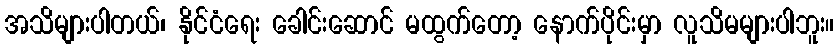
အသိများပါတယ်၊ နိုင်ငံရေး ခေါင်းဆောင် မထွက်တော့ နောက်ပိုင်းမှာ လူသိမများပါဘူး။